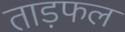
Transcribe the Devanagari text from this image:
ताड़फल